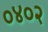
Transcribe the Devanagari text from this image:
०४०२